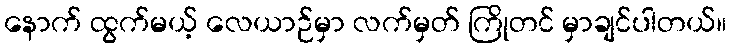
နောက် ထွက်မယ့် လေယာဉ်မှာ လက်မှတ် ကြိုတင် မှာချင်ပါတယ်။